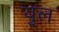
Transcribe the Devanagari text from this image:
थुल